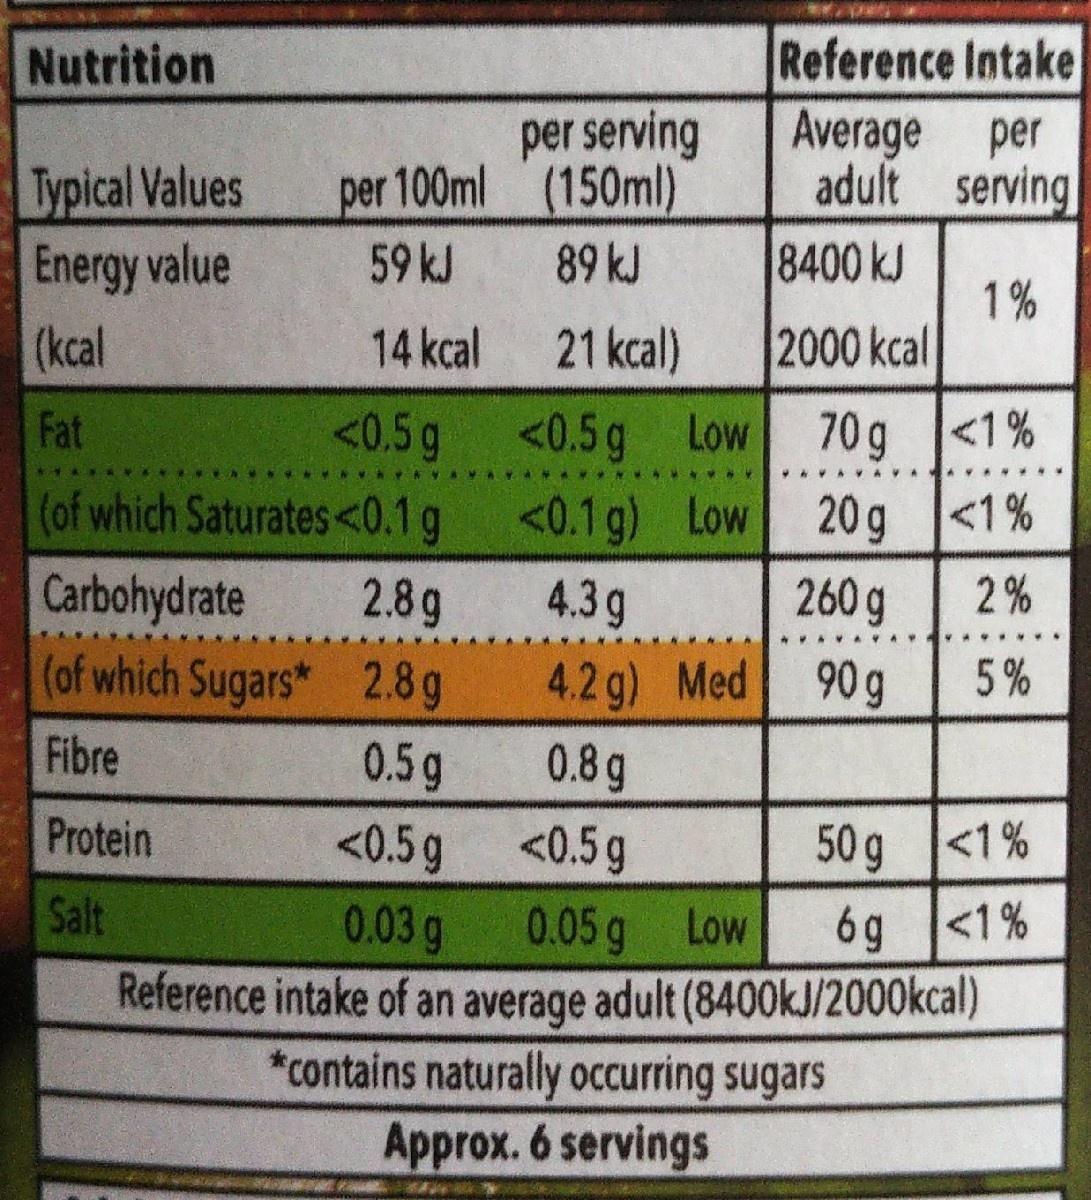
Reference Intake Average per adult serving
Nutrition
per serving per 100ml (150ml)
Typical Values Energy value
8400 kJ 1% 2000 kcal
59 kJ
89 kJ
(kcal
14 kcal
21 kcal)
<0.5g (of which Saturates<0.1g
Fat
<0.5 g Low
70 g <1%
<0.1 g) Low
20 g <1%
Carbohydrate
2.8g
4.3g
260 g
2 %
(of which Sugars* 2.8g
4.2g) Med 0.8g
90 g
5%
Fibre
0.5g
Protein
<0.5g
<0.5g
50 g <1 %
Salt
0.05 g Low Reference intake of an average adult (8400KJ/2000kcal) *contains naturally occurring sugars Approx. 6 servings
0.03g
6g <1%